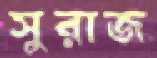
সুরাজ